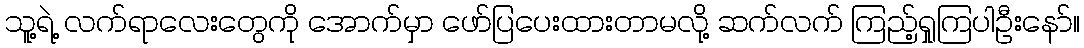
သူ့ရဲ့ လက်ရာလေးတွေကို အောက်မှာ ဖော်ပြပေးထားတာမလို့ ဆက်လက် ကြည့်ရှုကြပါဦးနော်။